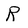
Character: R